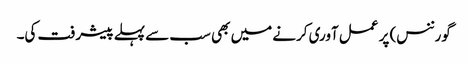
گورننس) پر عمل آوری کرنے میں بھی سب سے پہلے پیشرفت کی۔